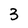
Character: 3